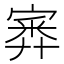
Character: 𡪃